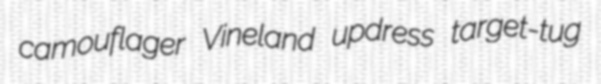
camouflager Vineland updress target-tug